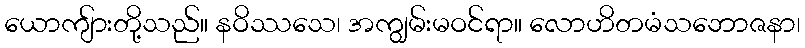
ယောကျ်ားတို့သည်။ နဝိဿသေ၊ အကျွမ်းမဝင်ရာ။ လောဟိတမံသဘောဇနာ၊